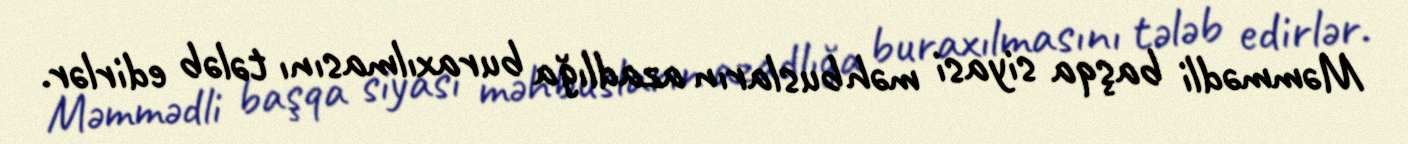
Məmmədli başqa siyasi məhbusların azadlığa buraxılmasını tələb edirlər.